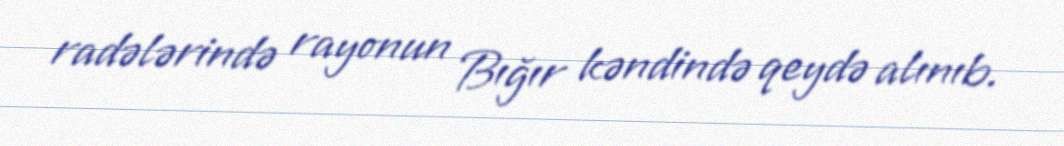
radələrində rayonun Bığır kəndində qeydə alınıb.